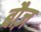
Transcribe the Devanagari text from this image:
बौज़